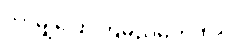
ဘာမျှပြောကြမည်မဟုတ်။